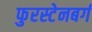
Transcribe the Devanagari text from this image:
फुरस्टेनबर्ग